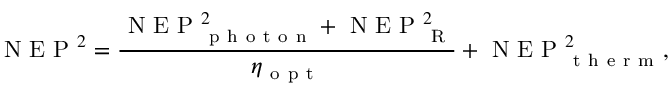
\mathrm { ~ N ~ E ~ P ~ } ^ { 2 } = \frac { \mathrm { ~ N ~ E ~ P ~ } _ { \mathrm { ~ p ~ h ~ o ~ t ~ o ~ n ~ } } ^ { 2 } + \mathrm { ~ N ~ E ~ P ~ } _ { \mathrm { ~ R ~ } } ^ { 2 } } { \eta _ { \mathrm { ~ o ~ p ~ t ~ } } } + \mathrm { ~ N ~ E ~ P ~ } _ { \mathrm { ~ t ~ h ~ e ~ r ~ m ~ } } ^ { 2 } ,